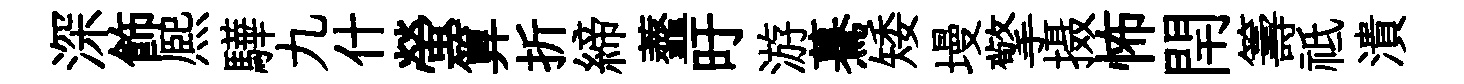
深飾熈驊九什螢算折締虀旴游驀矮墁擎摄怖閈籌祗潰